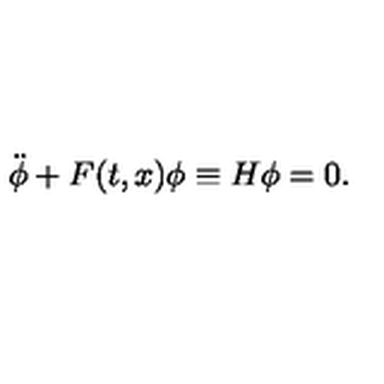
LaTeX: { \ddot { \phi } } + F ( t , x ) \phi \equiv H \phi = 0 .